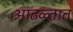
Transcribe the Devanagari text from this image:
आढळ्तात